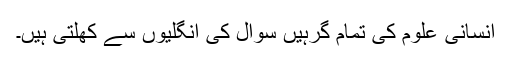
انسانی علوم کی تمام گرہیں سوال کی انگلیوں سے کُھلتی ہیں۔